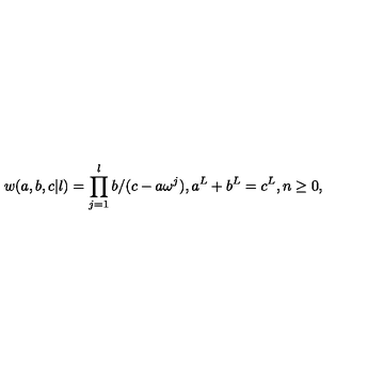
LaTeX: w ( a , b , c | l ) = \prod _ { j = 1 } ^ { l } b / ( c - a \omega ^ { j } ) , a ^ { L } + b ^ { L } = c ^ { L } , n \geq 0 ,